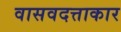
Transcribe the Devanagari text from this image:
वासवदत्ताकार